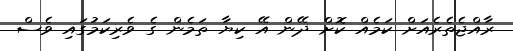
ރާއްޖެތެރެއަށް ކަމެއް ކޮށް ދޭން އޭ ކިޔާ ތަމެން ގެ ވެރިކަމުގައި ވެސް